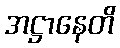
အဋ္ဌာနေတိ